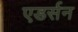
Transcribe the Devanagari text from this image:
एडर्सन